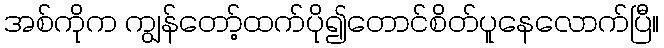
အစ်ကိုက ကျွန်တော့်ထက်ပို၍တောင်စိတ်ပူနေလောက်ပြီ။